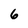
Character: 6